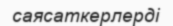
саясаткерлерді